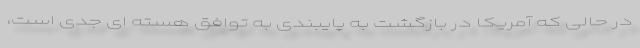
در حالی که آمریکا در بازگشت به پایبندی به توافق هسته ای جدی است،